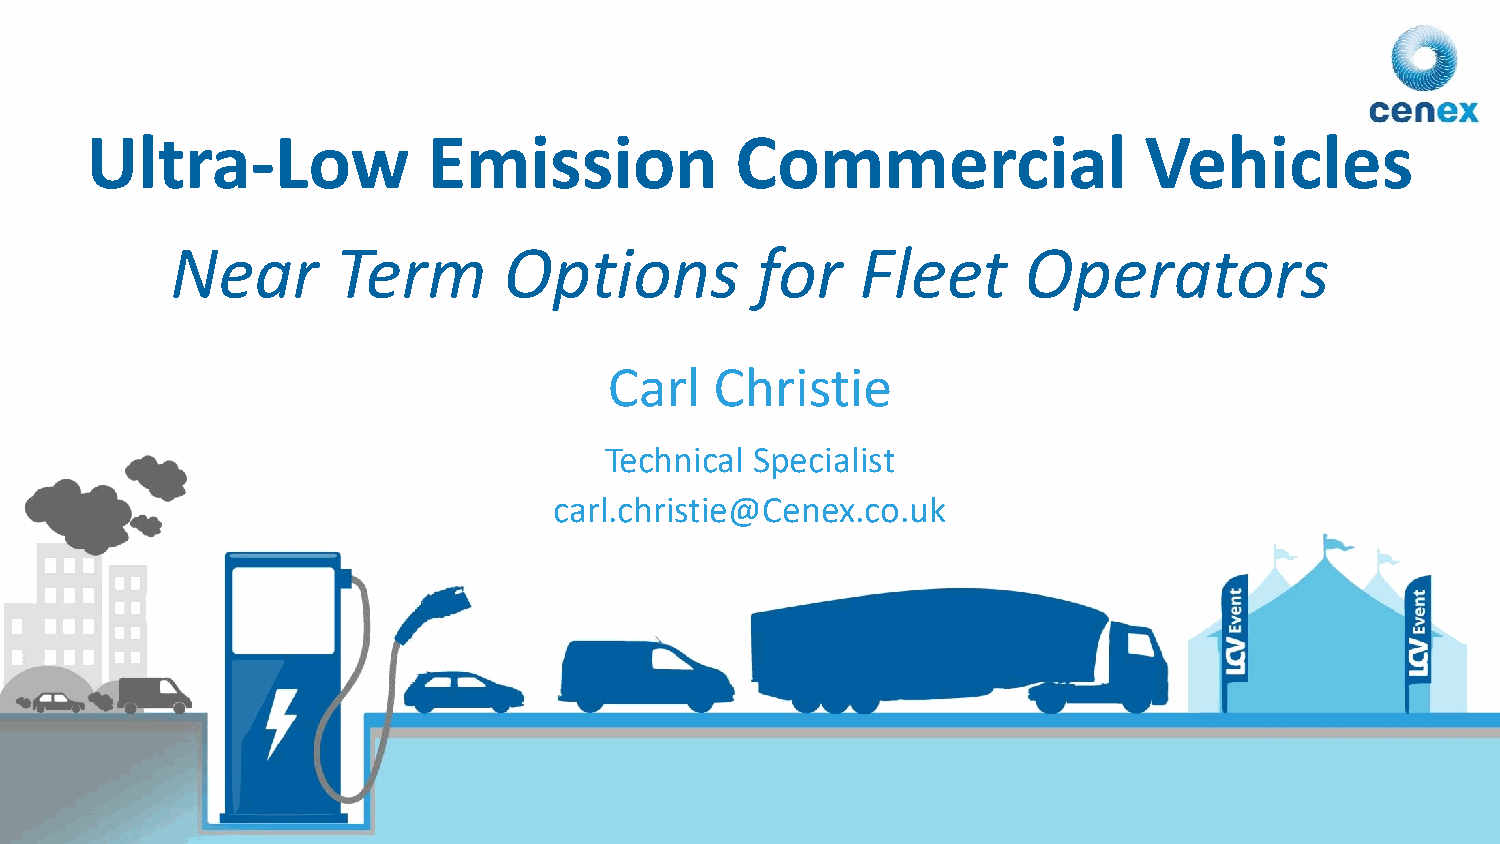
Ultra-Low             Emission             Commercial                 Vehicles
 Near       Term       Options          for    Fleet      Operators
 Carl   Christie
 Technical Specialist
 carl.christie@Cenex.co.uk
 1